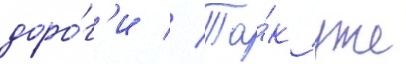
доро́г'и // Та́к уже